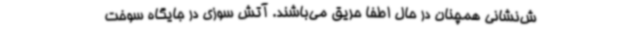
ش‌نشانی همچنان در حال اطفا حریق می‌باشند. آتش سوزی در جایگاه سوخت